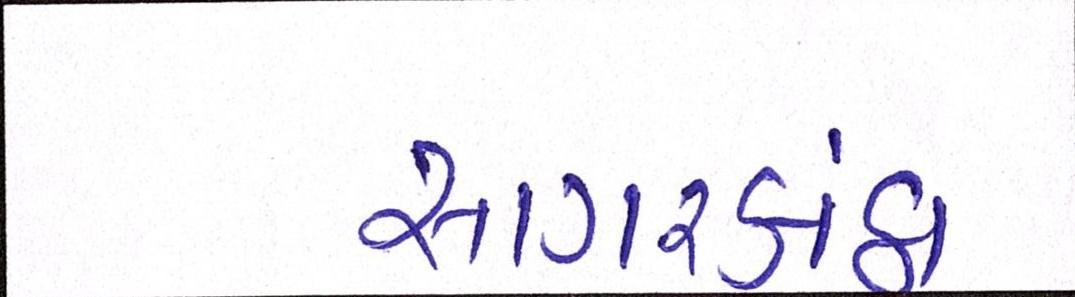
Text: સાગરકાંઠા